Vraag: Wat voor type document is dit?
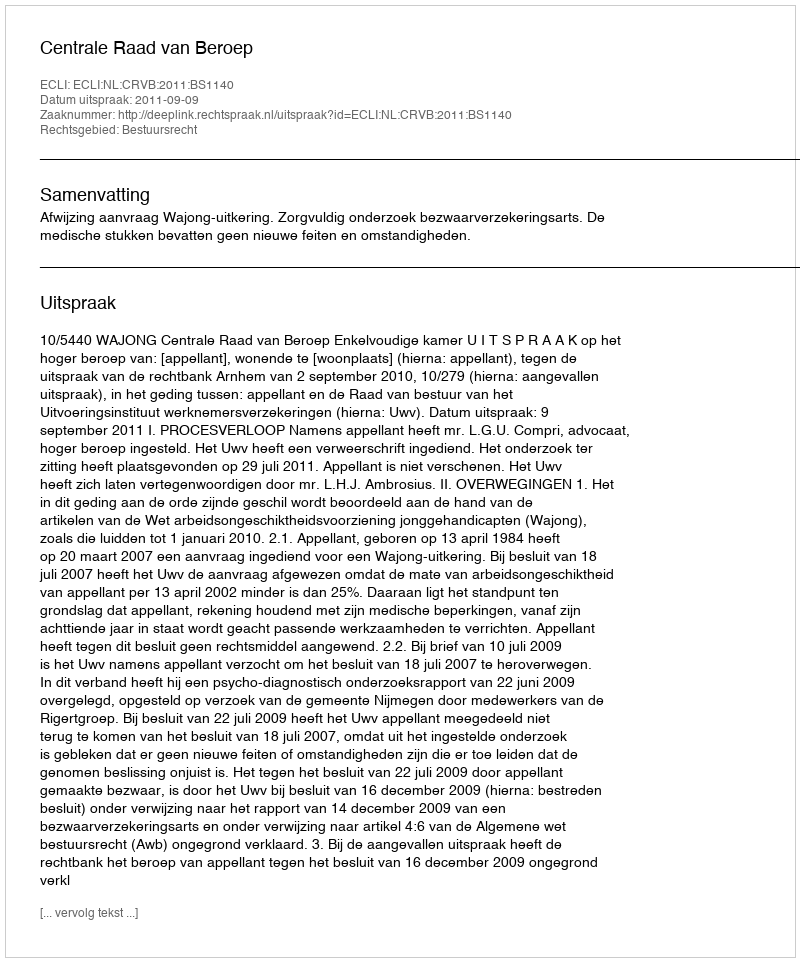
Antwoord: Uitspraak